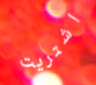
اشتريت